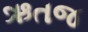
ઋતજ